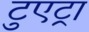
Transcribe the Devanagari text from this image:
टुएट्रा